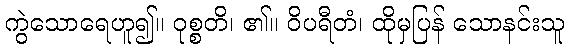
ကွဲသောရေဟူ၍။ ဝုစ္စတိ၊ ၏။ ဝိပရီတံ၊ ထိုမှပြန် သောနင်းသူ